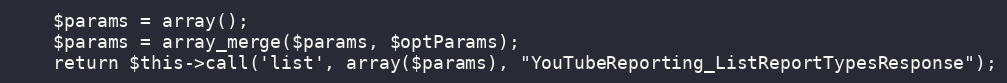
Language: PHP
    $params = array();
    $params = array_merge($params, $optParams);
    return $this->call('list', array($params), "YouTubeReporting_ListReportTypesResponse");